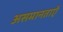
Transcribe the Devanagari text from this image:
असमानताऐं